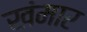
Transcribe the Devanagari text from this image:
खंमार